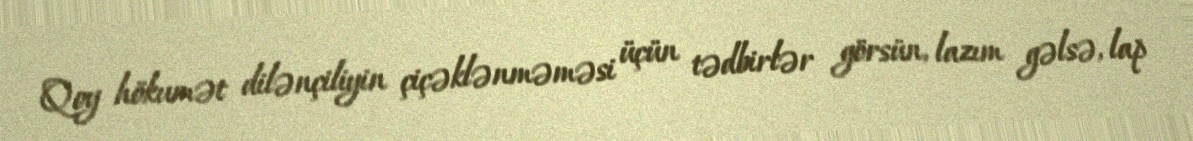
Qoy hökumət dilənçiliyin çiçəklənməməsi üçün tədbirlər görsün, lazım gəlsə, lap